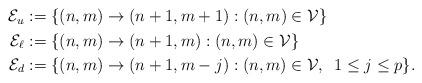
LaTeX: \begin{align*}\begin{aligned}\mathcal{E}_{u} & :=\{(n,m)\rightarrow (n+1,m+1) : (n,m)\in\mathcal{V}\}\\\mathcal{E}_{\ell} & :=\{(n,m)\rightarrow (n+1,m) : (n,m)\in\mathcal{V}\}\\\mathcal{E}_{d} & :=\{(n,m)\rightarrow (n+1,m-j) : (n,m)\in\mathcal{V},\,\,\,1\leq j\leq p\}.\end{aligned}\end{align*}